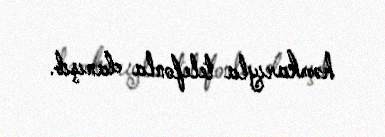
həmkarıyla telefonla danışıb.